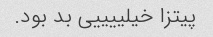
پیتزا خیلییییی بد بود.